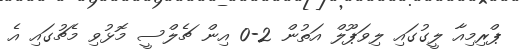
ޕްރިމިއާ ލީގުގައި ލިވަޕޫލް އަތުން 2-0 އިން ޗެލްސީ މޮޅުވި މެޗުގައި އެ